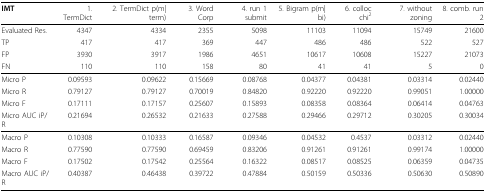
| IMT | 1. TermDict | 2. TermDict p(m|term) | 3. Word Corp | 4. run 1 submit | 5. Bigram p(m|bi) | 6. colloc chi2 | 7. without zoning | 8. comb. run 2 |
 | --- | --- | --- | --- | --- | --- | --- | --- | --- |
 | Evaluated Res. | 4347 | 4334 | 2355 | 5098 | 11103 | 11094 | 15749 | 21600 |
 | TP | 417 | 417 | 369 | 447 | 486 | 486 | 522 | 527 |
 | FP | 3930 | 3917 | 1986 | 4651 | 10617 | 10608 | 15227 | 21073 |
 | FN | 110 | 110 | 158 | 80 | 41 | 41 | 5 | 0 |
 | Micro P | 0.09593 | 0.09622 | 0.15669 | 0.08768 | 0.04377 | 0.04381 | 0.03314 | 0.02440 |
 | Micro R | 0.79127 | 0.79127 | 0.70019 | 0.84820 | 0.92220 | 0.92220 | 0.99051 | 1.00000 |
 | Micro F | 0.17111 | 0.17157 | 0.25607 | 0.15893 | 0.08358 | 0.08364 | 0.06414 | 0.04763 |
 | Micro AUC iP/R | 0.21694 | 0.26532 | 0.21633 | 0.27588 | 0.29466 | 0.29712 | 0.30205 | 0.30034 |
 | Macro P | 0.10308 | 0.10333 | 0.16587 | 0.09346 | 0.04532 | 0.4537 | 0.03312 | 0.02440 |
 | Macro R | 0.77590 | 0.77590 | 0.69459 | 0.83206 | 0.91261 | 0.91261 | 0.99174 | 1.00000 |
 | Macro F | 0.17502 | 0.17542 | 0.25564 | 0.16322 | 0.08517 | 0.08525 | 0.06359 | 0.04735 |
 | Macro AUC iP/R | 0.40387 | 0.46438 | 0.39722 | 0.47884 | 0.50159 | 0.50336 | 0.50630 | 0.50890 |